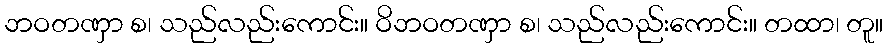
ဘဝတဏှာ စ၊ သည်လည်းကောင်း။ ဝိဘဝတဏှာ စ၊ သည်လည်းကောင်း။ တထာ၊ တူ။